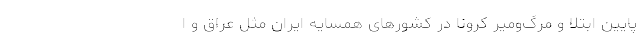
پایین ابتلا و مرگ‌ومیر کرونا در کشورهای همسایه ایران مثل عراق و ا